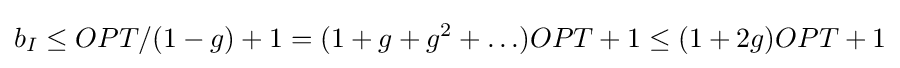
b_{I}\leq OPT/(1-g)+1=(1+g+g^{2}+\ldots )OPT+1\leq (1+2g)OPT+1